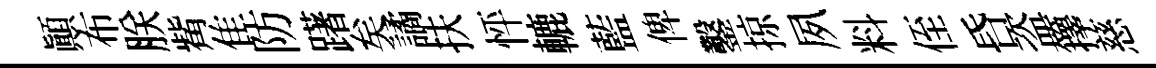
顚布朕觜隹防躇矣譎扶怦轆藍俾鑿掠夙料侄昏盗籜慈